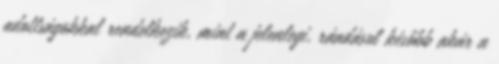
adottságokkal rendelkezik, mint a jelenlegi, ráadásul később akár a